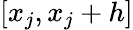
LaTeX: [x_{j},x_{j}+h]